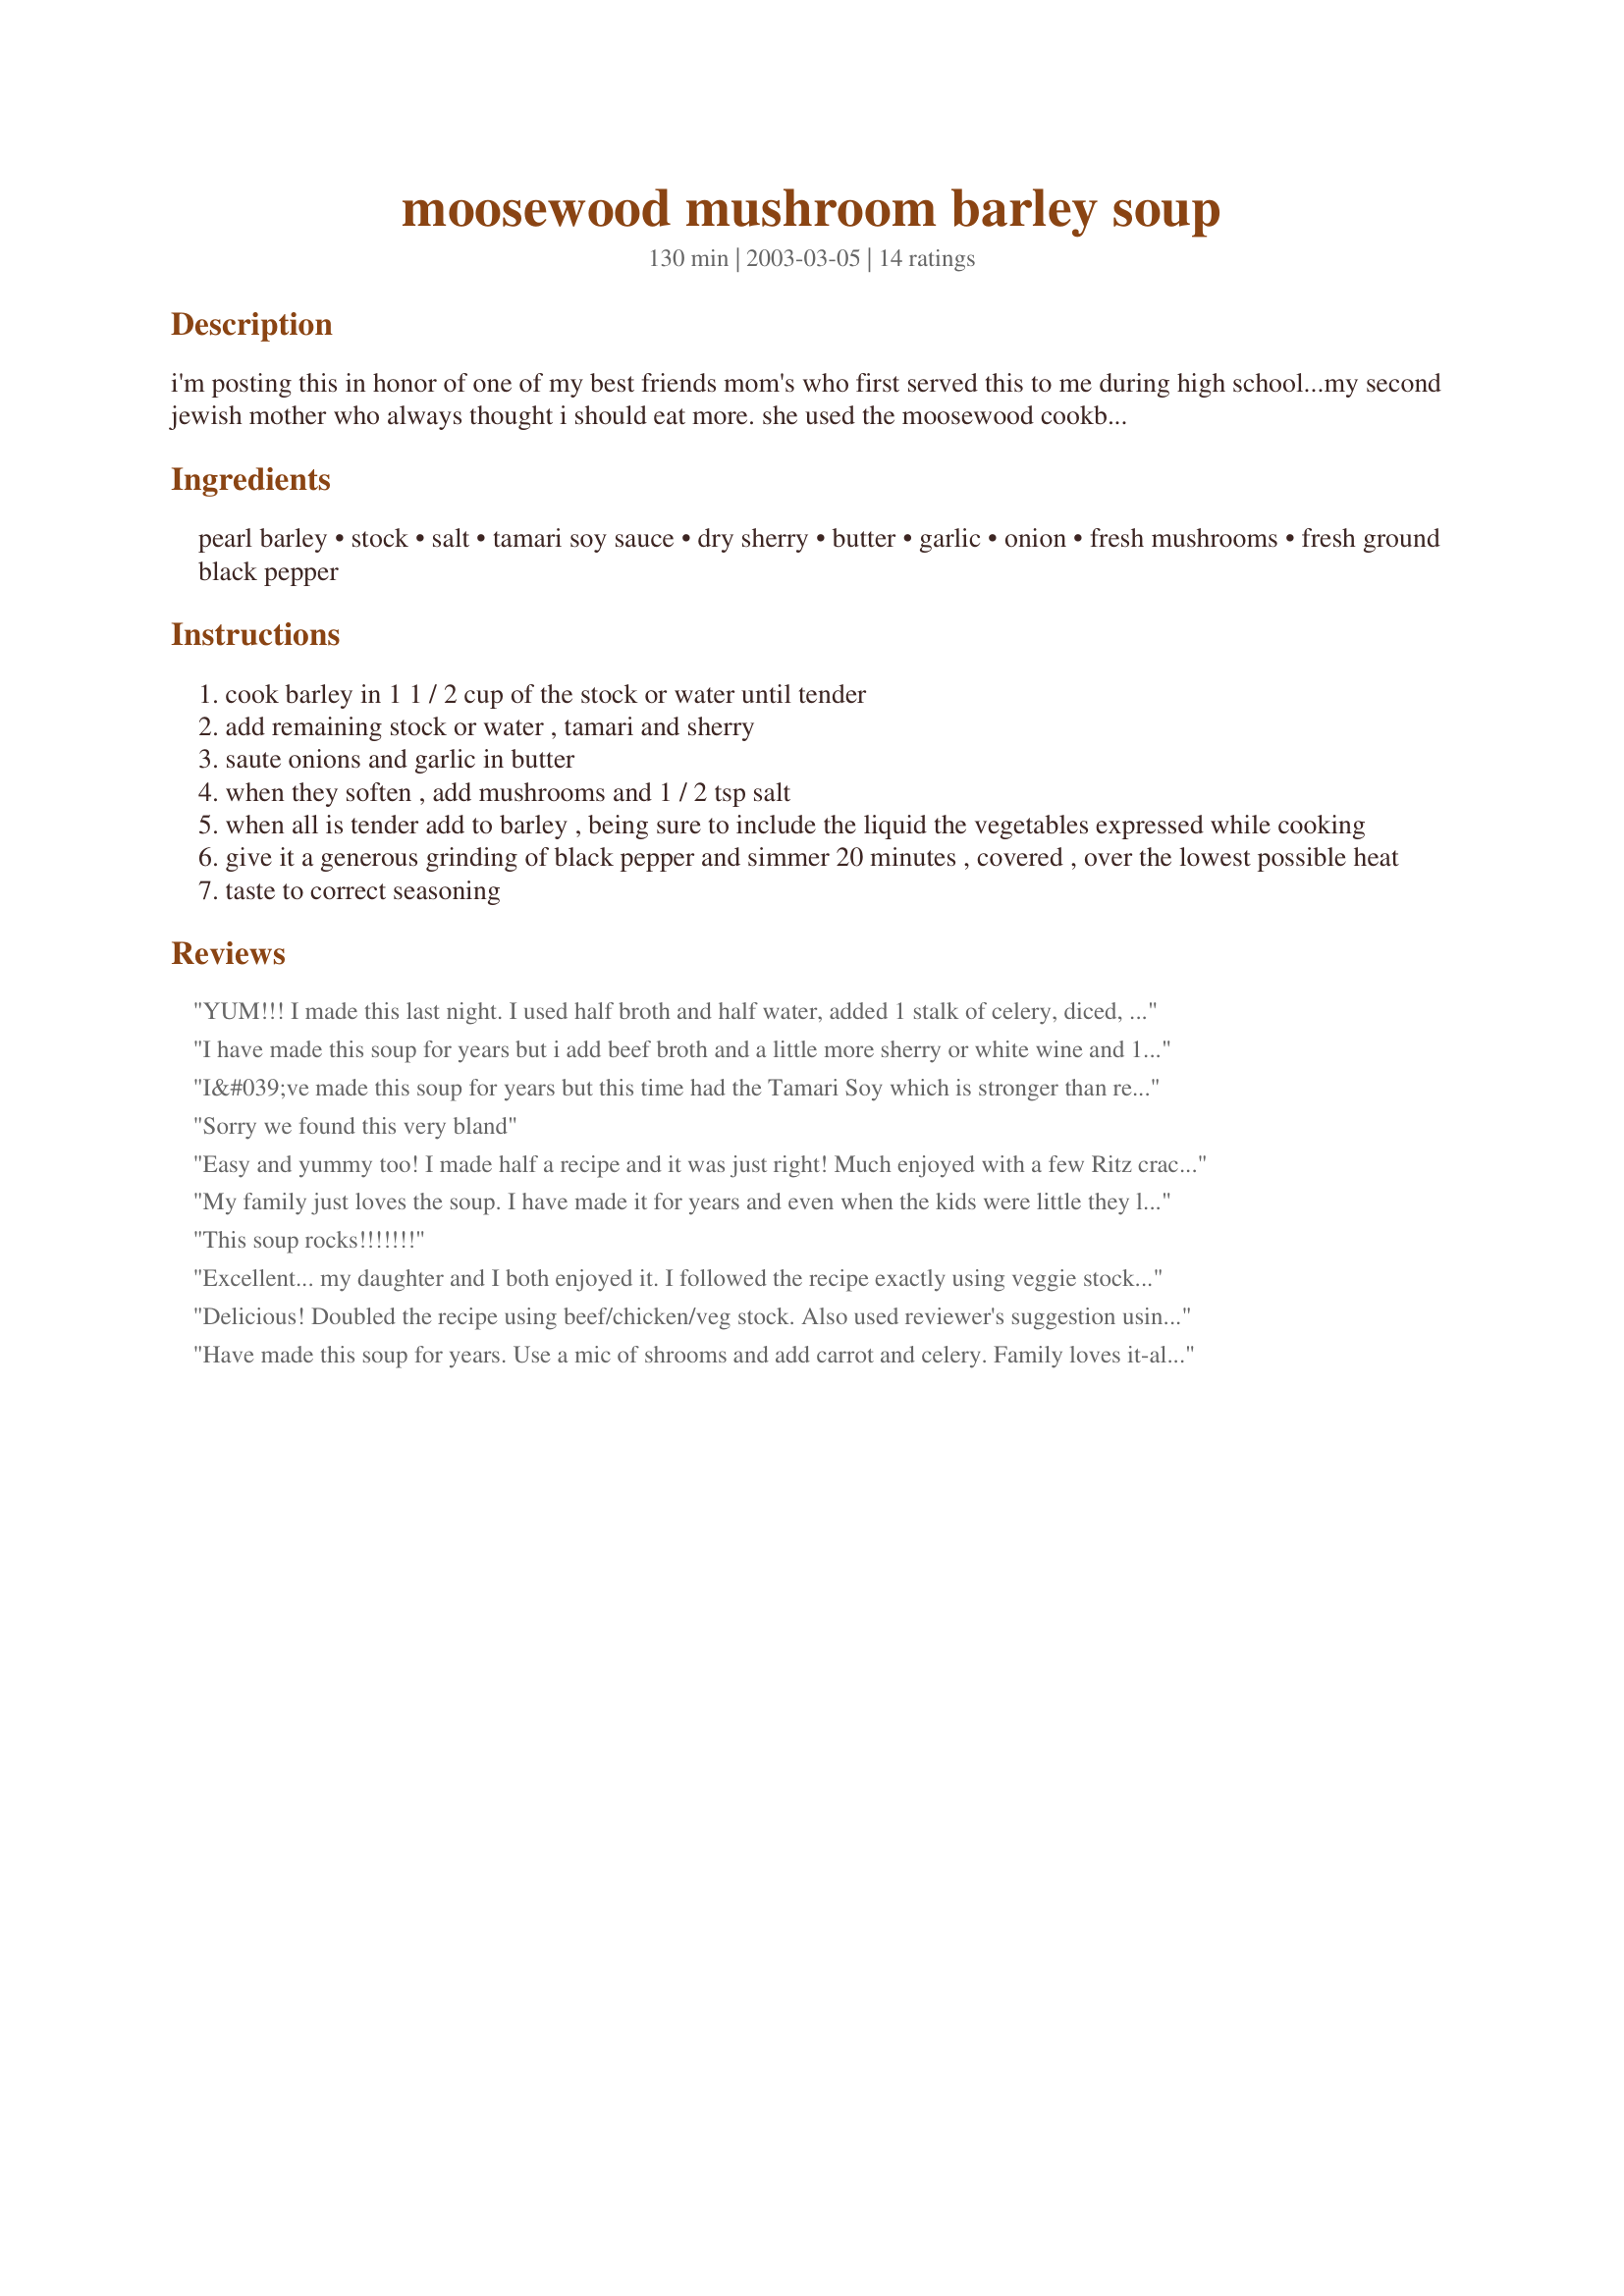
moosewood mushroom barley soup
Preparation time: 130 minutes

i'm posting this in honor of one of my best friends mom's who first served this to me during high school...my second jewish mother who always thought i should eat more. she used the moosewood cookbook for many a fine dinner. thanks eileen!

Ingredients:
pearl barley, stock, salt, tamari soy sauce, dry sherry, butter, garlic, onion, fresh mushrooms, fresh ground black pepper

Steps:
cook barley in 1 1 / 2 cup of the stock or water until tender
add remaining stock or water , tamari and sherry
saute onions and garlic in butter
when they soften , add mushrooms and 1 / 2 tsp salt
when all is tender add to barley , being sure to include the liquid the vegetables expressed while cooking
give it a generous grinding of black pepper and simmer 20 minutes , covered , over the lowest possible heat
taste to correct seasoning

Reviews:
YUM!!! I made this last night. I used half broth and half water, added 1 stalk of celery, diced, and added about 1 teaspoon of dried thyme. It would have been a bit bland for me otherwise. I had pre-cooked barley in the freezer so I used that and the soup came together in no time. It was more like 4 servings, not 6. Good stuff. Thanks for sharing. :)
I have made this soup for years but i add beef broth and a little more sherry or white wine and 1/2 cup of heavy cream. My family loves it.

I&#039;ve made this soup for years but this time had the Tamari Soy which is stronger than regular. Next time I&#039;ll reduce the amount. I didn&#039;t have the dry sherry and missed its flavor
Sorry we found this very bland
Easy and yummy too! I made half a recipe and it was just right! Much enjoyed with a few Ritz crackers. Thanks! Made for the IRON CHEF game.
My family just loves the soup. I have made it for years and even when the kids were little they loved it. I never use broth - just water. Paired with a salad or sandwiches it is a great dinner.
This soup rocks!!!!!!!
Excellent... my daughter and I both enjoyed it. I followed the recipe exactly using veggie stock b/c DD is vegetarian but, next time, I think I'll try beef stock. I used 1/3 baby bellas, 1/3 shitake, and 1/3 white button mushrooms. This is definitely a repeat recipe!
Delicious! Doubled the recipe using beef/chicken/veg stock. Also used reviewer's suggestion using 3 different mushrooms and added the celery, thyme and cream. Perfect for the -4 degree weather here in CT
Have made this soup for years. Use a mic of shrooms and add carrot and celery. Family loves it-always delic!
Sorry to say- that although it was very easy to prepare and has a lot of potential, I found this soup to be very bland. I added alot of salt, pepper, and some garlic powder. The sherry lends a nice flavour a great fragrance so try not to leave it out. With added seasonings, this is a nice and easy soup. Thanks..
I have made this recipe dozens of times and sometimes in really huge batches. To perk up the flavor - make a finely chopped mixture of Italian parsley, season with lemon juice, sea salt & some really good olive oil. Garnish the soup with this & have guests stir it in.
This soup is delicious. I made it with mushroom stock, and added celery and thyme based on other reviews. I also added some thinly sliced swiss chard at the end. It is so flavorful, I will make this again and again. Thanks for posting.
Excellent! I used olive oil in place of butter, 1/2 shitake and 1/2 crimini mushrooms, and added 1 bunch of spinach. I will certainly make this again.
